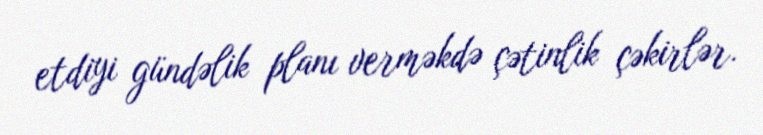
etdiyi gündəlik planı verməkdə çətinlik çəkirlər.